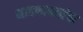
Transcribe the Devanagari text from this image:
भावभावनांचा